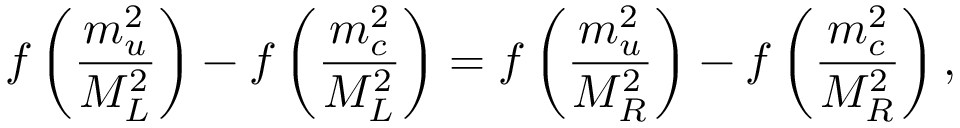
f \left( \frac { m _ { u } ^ { 2 } } { M _ { L } ^ { 2 } } \right) - f \left( \frac { m _ { c } ^ { 2 } } { M _ { L } ^ { 2 } } \right) = f \left( \frac { m _ { u } ^ { 2 } } { M _ { R } ^ { 2 } } \right) - f \left( \frac { m _ { c } ^ { 2 } } { M _ { R } ^ { 2 } } \right) ,